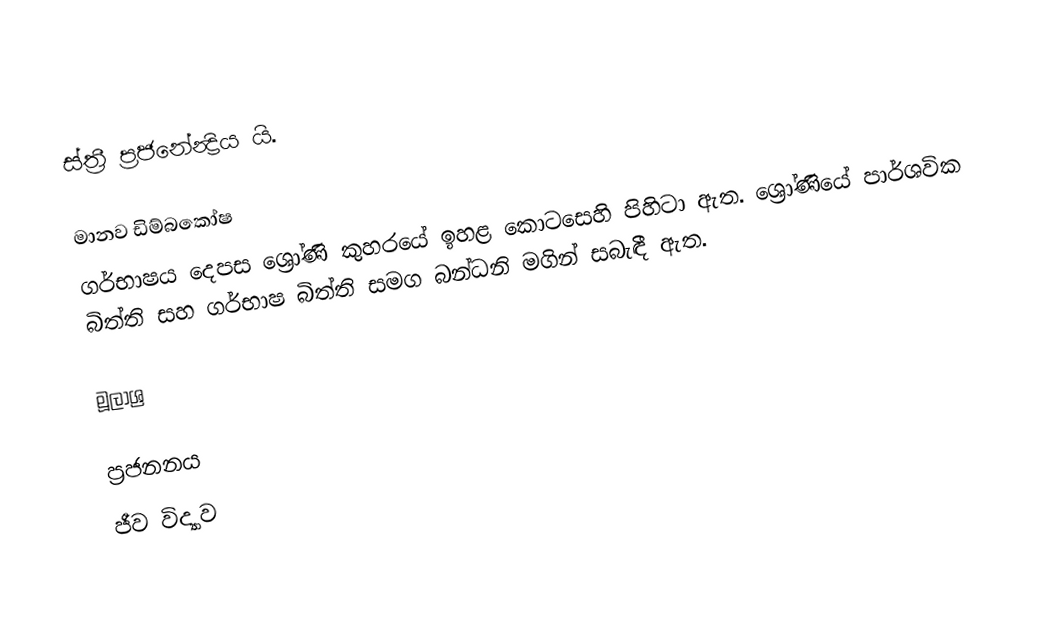
ස්ත්‍රී ප්‍රජනේන්‍ද්‍රිය යි.

මානව ඩිම්බකෝෂ
ගර්භාෂය දෙපස ශ්‍රෝණි කුහරයේ ඉහළ කොටසෙහි පිහිටා ඇත. ශ්‍රෝණියේ පාර්ශවික බිත්ති සහ ගර්භාෂ බිත්ති සමග බන්ධනි මගින් සබැඳී ඇත.

මූලාශ්‍ර

ප්‍රජනනය
ජීව විද්‍යාව